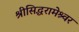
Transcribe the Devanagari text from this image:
श्रीसिद्धरामेश्र्वर